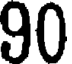
90